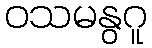
ဝသမနွဂူ